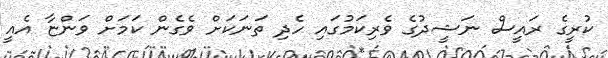
ކުރީގެ ރައީސް ނަޝީދުގެ ވެރިިކަމުގައި ހެދި ތަނަކަށް ވެގެން ކަމަށް ވަންޏާ އެއީ